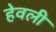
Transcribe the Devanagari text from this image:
हेवली